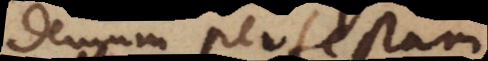
demum perfectam